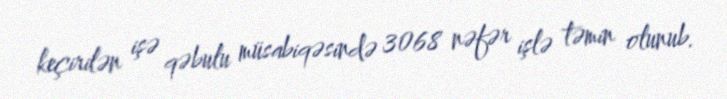
keçirilən işə qəbulu müsabiqəsində 3068 nəfər işlə təmin olunub.